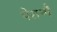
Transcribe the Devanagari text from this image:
पेरान्मै